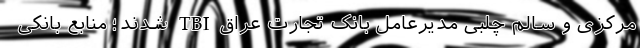
مرکزی و سالم چلبی مدیرعامل بانک تجارت عراق TBI شدند؛ منابع بانکی